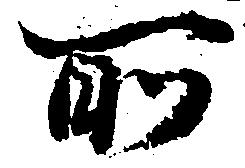
所